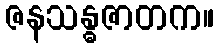
ဇနသန္ဓဇာတက။